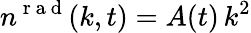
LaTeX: n^{\mathrm{~r~a~d~}}(k,t)=A(t)\, k^{2}